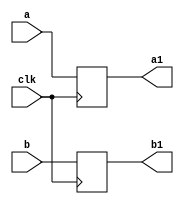
`timescale 1ns / 1ps
//////////////////////////////////////////////////////////////////////////////////
// Company: 
// Engineer: 
// 
// Design Name: 
// Module Name:    buf21 
// Project Name: 
// Target Devices: 
// Tool versions: 
// Description: 
//
// Dependencies: 
//
// Revision: 
// Revision 0.01 - File Created
// Additional Comments: 
//
//////////////////////////////////////////////////////////////////////////////////
module buf21(
    input [31:0] a,
    input [31:0] b,
    input clk,
    output reg [31:0] a1,
    output reg [31:0] b1
    );
always @(posedge clk) begin
a1<=a;
b1<=b;
end

endmodule